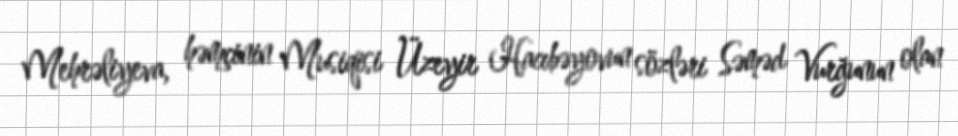
Mehrəliyeva, həmçinin Musiqisi Üzeyir Hacıbəyovun sözləri Səməd Vurğunun olan